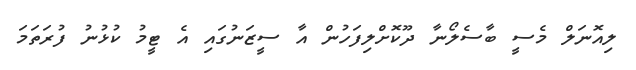
ލިއޮނަލް މެސީ ބާސެލޯނާ ދޫކޮށްލިފަހުން އާ ސީޒަނުގައި އެ ޓީމު ކުޅުނު ފުރަތަމަ